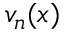
v _ { n } ( x )